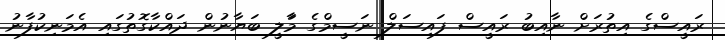
ރައީސްގެ އިތުރަށް ނާއިބު ރައީސް ފައިސަލް ނަސީމްގެ މަާލީ ބަޔާނުން ދައްކާގޮތުގައި އެމަނިކުފާނު